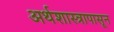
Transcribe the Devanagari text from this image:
अर्थशास्त्रापासून